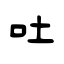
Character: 吐